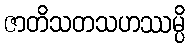
ဇာတိသတသဟဿမ္ပိ